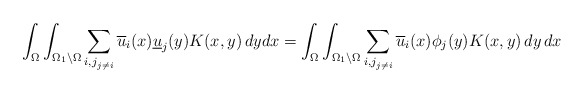
\begin{align*}\int_{\Omega} \int_{\Omega_{1}\backslash \Omega} \sum_{{i,j}_{j \neq i}} \overline{u}_{i}(x) \underline{u}_{j}(y) K(x,y) \, dy dx = \int_{\Omega} \int_{\Omega_{1}\backslash \Omega} \sum_{{i,j}_{j \neq i}} \overline{u}_{i}(x)\phi_{j}(y) K(x,y) \, dy \, dx \end{align*}